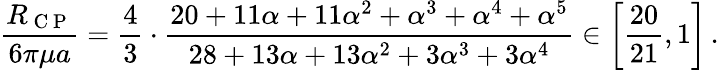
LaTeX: \frac{R_{\mathrm{~C~P~}}}{6\pi\mu a}=\frac{4}{3}\cdot\frac{20+11\alpha+11\alpha^{2}+\alpha^{3}+\alpha^{4}+\alpha^{5}}{28+13\alpha+13\alpha^{2}+3\alpha^{3}+3\alpha^{4}}\in\left[\frac{20}{21},1\right]\, .